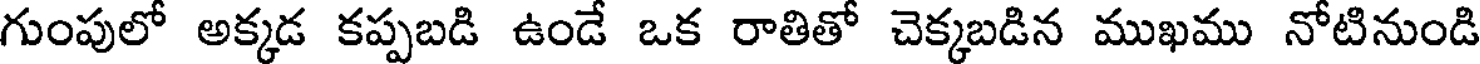
గుంపులో అక్కడ కప్పబడి ఉండే ఒక రాతితో చెక్కబడిన ముఖము నోటినుండి